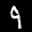
Label: 9